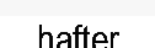
hafter